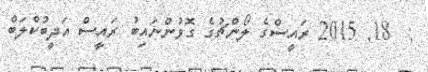
:  18